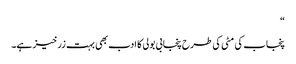
“
پنجاب کی مٹی کی طرح پنجابی بولی کا ادب بھی بہت زرخیز ہے۔